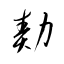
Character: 勣